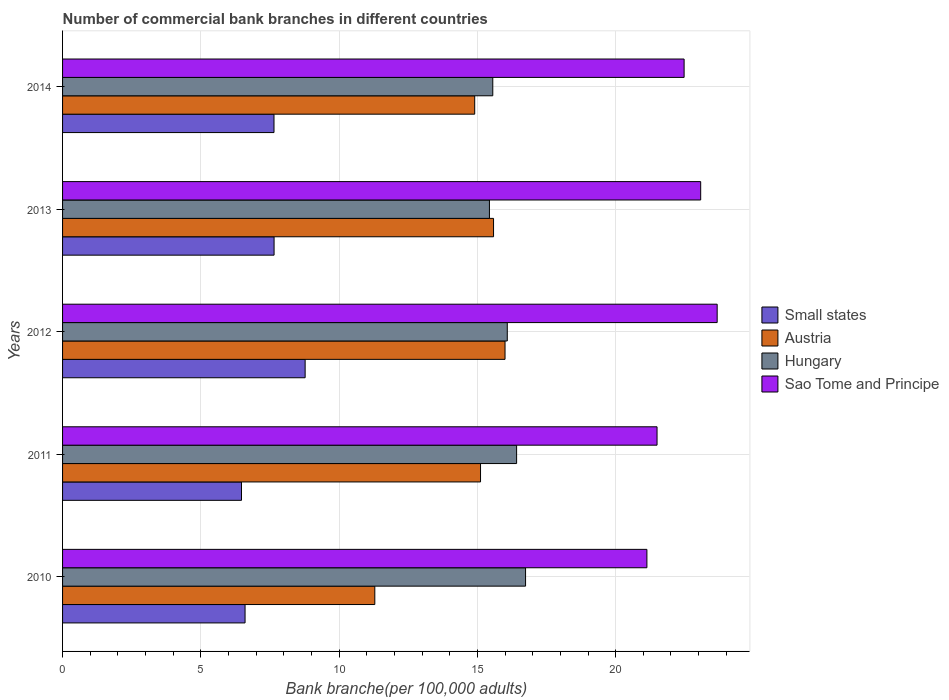
| Years | Small states | Austria | Hungary | Sao Tome and Principe |
 | --- | --- | --- | --- | --- |
 | 2010 | 6.6 | 11.3 | 16.7 | 21.1 |
 | 2011 | 6.47 | 15.1 | 16.4 | 21.5 |
 | 2012 | 8.77 | 16 | 16.1 | 23.7 |
 | 2013 | 7.65 | 15.6 | 15.4 | 23.1 |
 | 2014 | 7.65 | 14.9 | 15.6 | 22.5 |